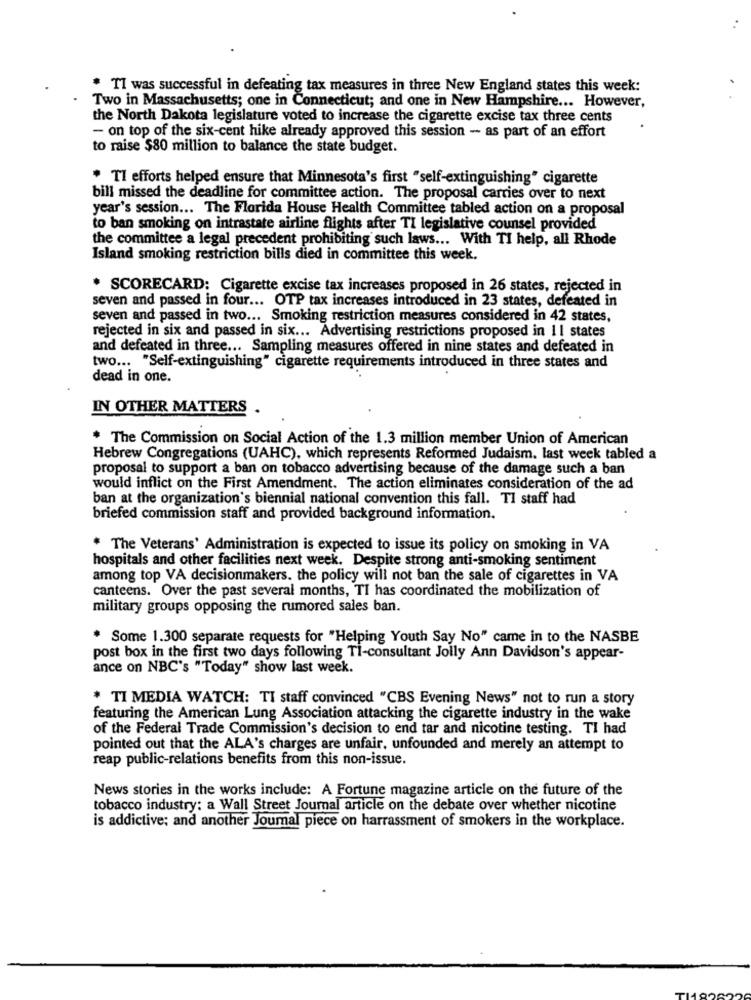
* TI was successful in defeating tax measures in three New England states this week:
Two in Massachusetts; one in Connecticut; and one in New Hampshire ... However,
the North Dakota legislature voted to increase the cigarette excise tax three cents
- on top of the six-cent hike already approved this session - as part of an effort
to raise $80 million to balance the state budget.
" Tl efforts helped ensure that Minnesota's first "self-extinguishing" cigarette
bill missed the deadline for committee action. The proposal carries over to next
year's session ... The Florida House Health Committee tabled action on a proposal
to ban smoking on intrastate airline flights after TI legislative counsel provided
the committee a legal precedent prohibiting such laws ... With TI help, all Rhode
Island smoking restriction bills died in committee this week.
* SCORECARD: Cigarette excise tax increases proposed in 26 states, rejected in
seven and passed in four ... OTP tax increases introduced in 23 states, defeated in
seven and passed in two ... Smoking restriction measures considered in 42 states,
rejected in six and passed in six ... Advertising restrictions proposed in 11 states
and defeated in three ... Sampling measures offered in nine states and defeated in
two ... "Self-extinguishing" cigarette requirements introduced in three states and
dead in one.
IN OTHER MATTERS
* The Commission on Social Action of the 1.3 million member Union of American
Hebrew Congregations (UAHC), which represents Reformed Judaism. last week tabled a
proposal to support a ban on tobacco advertising because of the damage such a ban
would inflict on the First Amendment. The action eliminates consideration of the ad
ban at the organization's biennial national convention this fall. Tl staff had
briefed commission staff and provided background information.
* The Veterans' Administration is expected to issue its policy on smoking in VA
hospitals and other facilities next week. Despite strong anti-smoking sentiment
among top VA decisionmakers. the policy will not ban the sale of cigarettes in VA
canteens. Over the past several months, TI has coordinated the mobilization of
military groups opposing the rumored sales ban.
. Some 1.300 separate requests for "Helping Youth Say No" came in to the NASBE
post box in the first two days following Ti-consultant Jolly Ann Davidson's appear-
ance on NBC's "Today" show last week.
* TI MEDIA WATCH: TI staff convinced "CBS Evening News" not to run a story
featuring the American Lung Association attacking the cigarette industry in the wake
of the Federal Trade Commission's decision to end tar and nicotine testing. TI had
pointed out that the ALA's charges are unfair, unfounded and merely an attempt to
reap public-relations benefits from this non-issue.
News stories in the works include: A Fortune magazine article on the future of the
tobacco industry: a Wall Street Journal article on the debate over whether nicotine
is addictive; and another Joumal piece on harrassment of smokers in the workplace.